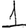
Digit: 1